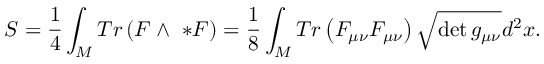
{ \cal S } = \frac { 1 } { 4 } \int _ { M } T r \left( F \wedge \ * F \right) = \frac { 1 } { 8 } \int _ { M } T r \left( F _ { \mu \nu } F _ { \mu \nu } \right) \sqrt { \operatorname * { d e t } g _ { \mu \nu } } d ^ { 2 } x .